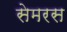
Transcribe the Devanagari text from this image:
सेमरस